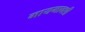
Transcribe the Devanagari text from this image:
मायमावशी